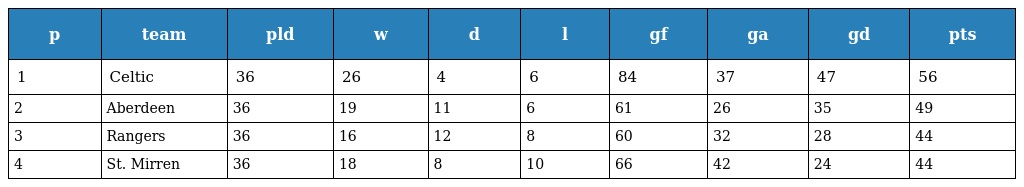
| p | team | pld | w | d | l | gf | ga | gd | pts |
 | --- | --- | --- | --- | --- | --- | --- | --- | --- | --- |
 | 1 | Celtic | 36 | 26 | 4 | 6 | 84 | 37 | 47 | 56 |
 | 2 | Aberdeen | 36 | 19 | 11 | 6 | 61 | 26 | 35 | 49 |
 | 3 | Rangers | 36 | 16 | 12 | 8 | 60 | 32 | 28 | 44 |
 | 4 | St. Mirren | 36 | 18 | 8 | 10 | 66 | 42 | 24 | 44 |